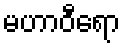
မဟာဝီရော